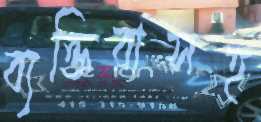
ব্যক্তিরাসহ